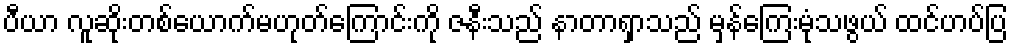
ပီယာ လူဆိုးတစ်ယောက်မဟုတ်ကြောင်းကို ဇနီးသည် နာတာရှာသည် မှန်ကြေးမုံသဖွယ် ထင်ဟပ်ပြ